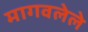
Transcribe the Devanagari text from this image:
मागवलेले